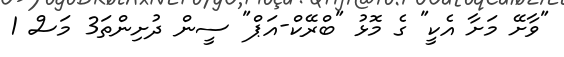
"ވާށޭ މަށާ އެކީ" ގެ މޮޅު "ބްރޭކް-އަޕް" ސީން ދުށިންތަ3 މަސް 1